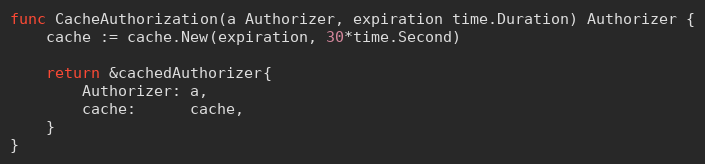
Language: Go
func CacheAuthorization(a Authorizer, expiration time.Duration) Authorizer {
	cache := cache.New(expiration, 30*time.Second)

	return &cachedAuthorizer{
		Authorizer: a,
		cache:      cache,
	}
}